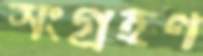
সংগ্রহণ